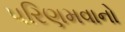
પરિણમવાનો